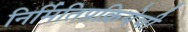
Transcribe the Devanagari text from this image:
निर्मितिप्रक्रियेची